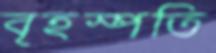
বৃহস্পতি